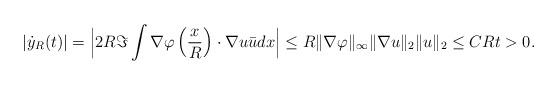
LaTeX: \begin{align*}|\dot{y}_R(t)|= \Big| 2 R \Im \int \nabla \varphi \left( \frac{x}{R} \right) \cdot \nabla u \bar{u} dx\Big| \le R \| \nabla \varphi \|_\infty \| \nabla u \|_2 \| u \|_2 \le CR t>0.\end{align*}